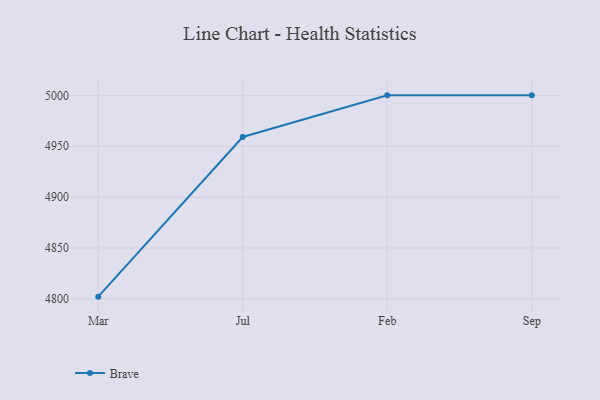
{"axis": {"x": "Month", "y": "Population (Million)"}, "legend": ["Brave"], "data": [{"x": "Mar", "y": 4802.2, "type": "Brave"}, {"x": "Jul", "y": 4959.1, "type": "Brave"}, {"x": "Feb", "y": 5000, "type": "Brave"}, {"x": "Sep", "y": 5000, "type": "Brave"}]}